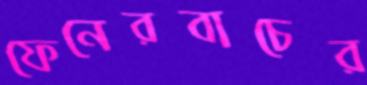
ফেনেরবাচের